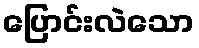
ပြောင်းလဲသော